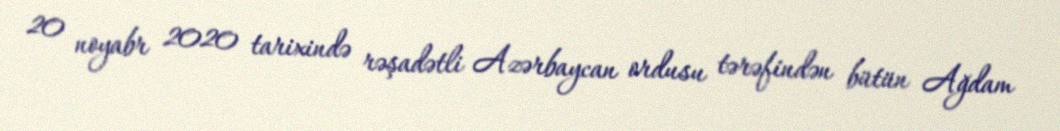
20 noyabr 2020 tarixində rəşadətli Azərbaycan ordusu tərəfindən bütün Ağdam